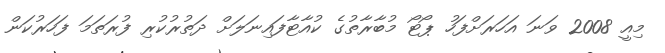
މިއީ 2008 ވަނަ އަހަރަށްފަހު ޕޯޓޯ މުބާރާތުގެ ކުއާޓާފައިނަލަށް ދަތުރުކުރި ފުރަތަމަ ފަހަރުކަން